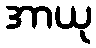
အာယု